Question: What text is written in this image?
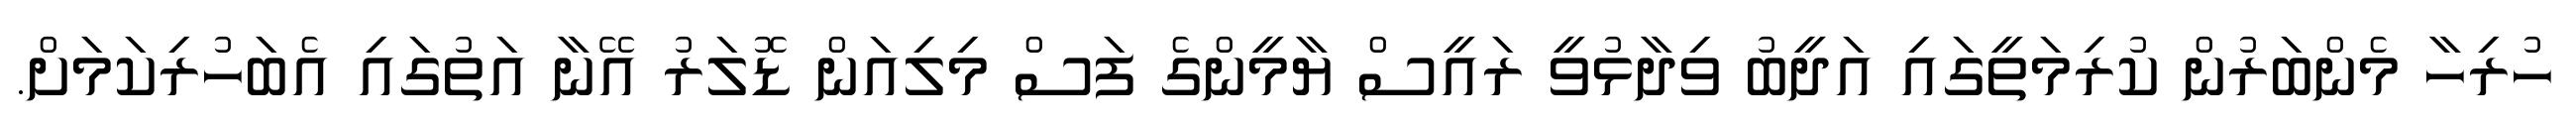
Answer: ހުރިހާ މެންބަރުން ކުރިމަތީގައި އަދީބު ވިދާޅުވީ ރައީސް ޔާމީންގެ ފަސް މިލިއަން ޑޮލަރު އޭނާ އަތުގައި އެބަހުރިކަމަށް.